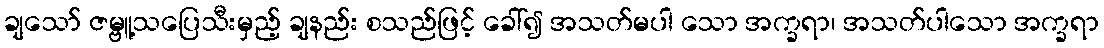
ချသော် ဇမ္ဗူ့သပြေသီးမှည့် ချနည်း စသည်ဖြင့် ခေါ်၍ အသတ်မပါ သော အက္ခရာ၊ အသတ်ပါသော အက္ခရာ